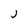
Character: J